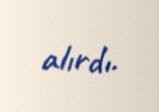
alırdı.